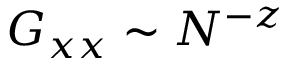
G _ { x x } \sim N ^ { - z }